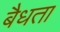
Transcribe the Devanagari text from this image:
बैधता